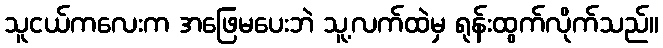
သူငယ်ကလေးက အဖြေမပေးဘဲ သူ့လက်ထဲမှ ရုန်းထွက်လိုက်သည်။